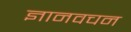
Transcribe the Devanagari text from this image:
ज्ञानवचन